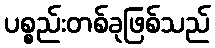
ပစ္စည်းတစ်ခုဖြစ်သည်